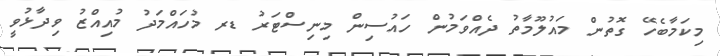
މިކަމާބެހޭ ގޮތުން މައުލޫމާތު ދެއްވަމުން ހައުސިން މިނިސްޓަރު ޑރ މުހައްމަދު މުއިއްޒު ވިދާޅުވީ